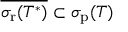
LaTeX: { \overline { { \sigma _ { \mathrm { r } } ( T ^ { * } ) } } } \subset \sigma _ { \mathrm { p } } ( T )